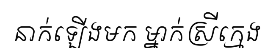
នាក់ឡើងមក ម្នាក់ស្រីក្មេង